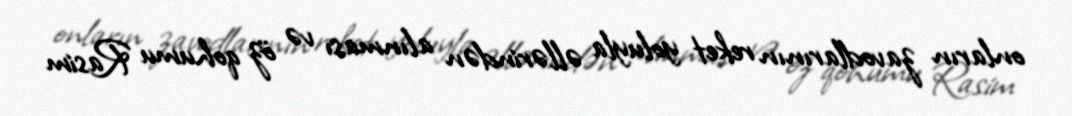
onların zavodlarının reket yoluyla əllərindən alınması və öz qohumu Rasim